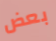
بعض